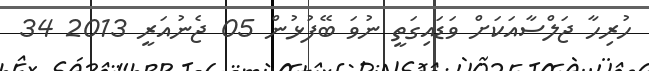
ހުރިހާ ޖަލްސާއަކަށް ވަޑައިގަތީ ނުވަ ބޭފުޅުން 05 ޖެނުއަރީ 2013 34